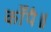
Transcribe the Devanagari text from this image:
काँपै॥